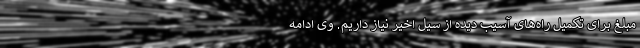
مبلغ برای تکمیل راه‌های آسیب دیده از سیل اخیر نیاز داریم. وی ادامه